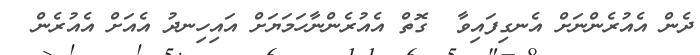
ދެން އެއުރެންނަށް އެނގިފައިވާ  ގޮތް އެއުރެންނާހަމަޔަށް އައިހިނދު އެއަށް އެއުރެން